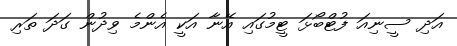
އަދި ސީނިއަ ފުޓްބޯޅަ ޓީމުގައި އޭނާ އަކީ އެންމެ ވިދުން ގަދަ ތަރި